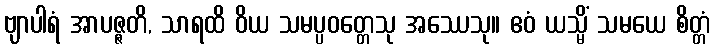
ဗျာပါရံ အာပဇ္ဇတိ, သာရထိ ဝိယ သမပ္ပဝတ္တေသု အဿေသု။ ဧဝံ ယသ္မိံ သမယေ စိတ္တံ